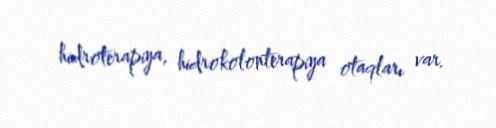
hidroterapiya, hidrokolonterapiya otaqları var.